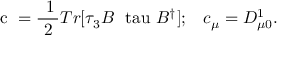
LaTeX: \mathrm { \boldmath ~ c ~ } = \mathrm { \frac { ~ 1 } { ~ 2 ~ } } T r [ \tau _ { 3 } B \mathrm { \boldmath ~ \ t a u ~ } B ^ { \dagger } ] ; \; \; \; c _ { \mu } = D _ { \mu 0 } ^ { 1 } .